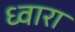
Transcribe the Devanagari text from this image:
ध्वारा